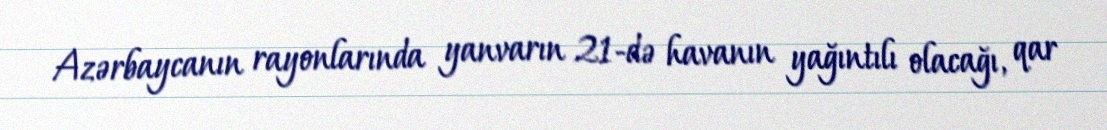
Azərbaycanın rayonlarında yanvarın 21-də havanın yağıntılı olacağı, qar